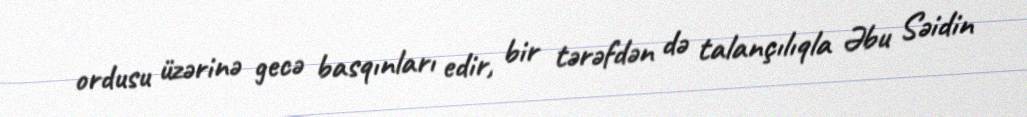
ordusu üzərinə gecə basqınları edir, bir tərəfdən də talançılıqla Əbu Səidin